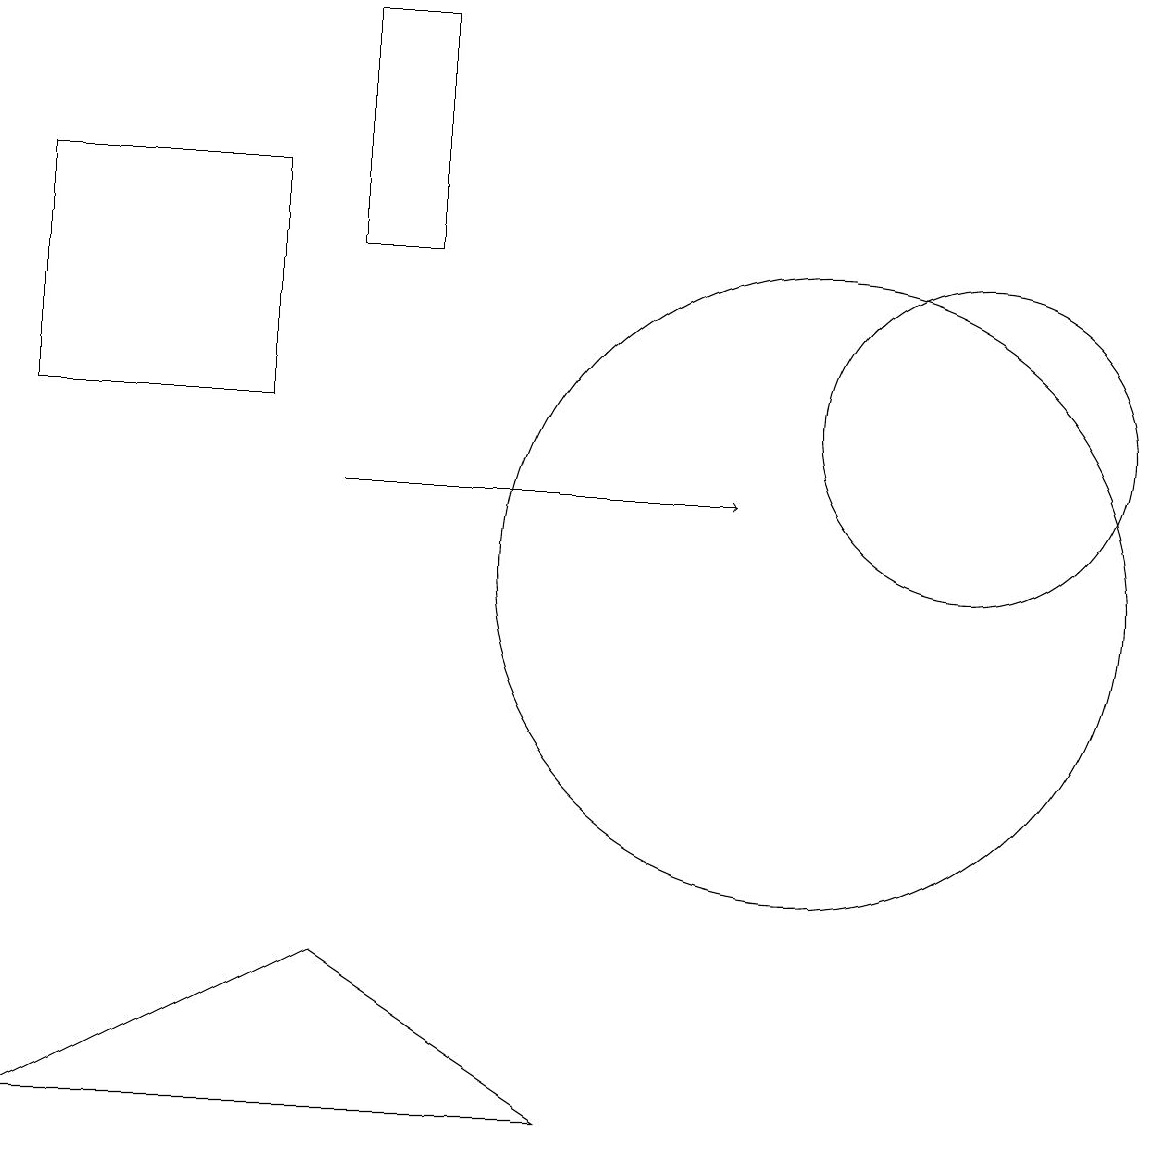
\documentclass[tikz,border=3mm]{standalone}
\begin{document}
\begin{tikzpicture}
\draw[->] (4,11) -- (9,11);
\draw (0,15) rectangle (3,12);
\draw (0,3) -- (4,5) -- (7,3) -- cycle;
\draw (12,12) circle (2);
\draw (10,10) circle (4);
\draw (4,14) rectangle (5,17);
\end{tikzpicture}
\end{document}